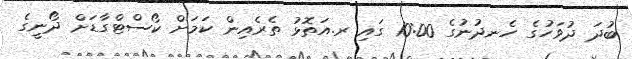
ބުދަ ދުވަހުގެ ހެނދުނުގެ 10:00 ގައި ރ.އަތޮޅު ތެރެއިން ކަމަށް ކޯސްޓްގާޑަށް ދޯނީގެ